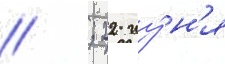
// ; 22 иу́н'я